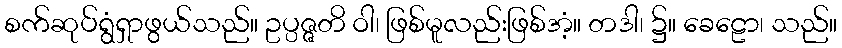
စက်ဆုပ်ရွံရှာဖွယ်သည်။ ဥပ္ပဇ္ဇတိ ဝါ၊ ဖြစ်မူလည်းဖြစ်အံ့။ တဒါ၊ ၌။ ခေဠော၊ သည်။